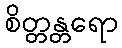
စိတ္တန္တရော